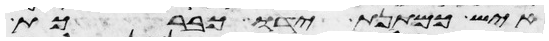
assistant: איש כמתנת ידו כברכת